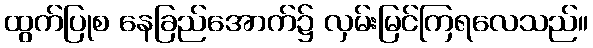
ထွက်ပြုစ နေခြည်အောက်၌ လှမ်းမြင်ကြရလေသည်။